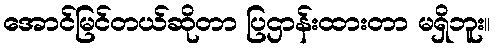
အောင်မြင်တယ်ဆိုတာ ပြဌာန်းထားတာ မရှိဘူး။